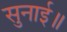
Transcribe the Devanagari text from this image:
सुनाई॥